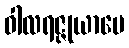
ဝါလရဇ္ဇုယာပေ